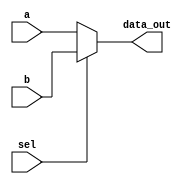
`timescale 1ns / 1ps

module Multiplexer_21(
    input [63:0] a,
    input [63:0] b,
    input sel,
    output reg [63:0] data_out
    );
    
    always @(*)
    begin
    case (sel)
        0: data_out = a;
        default: data_out = b;
    endcase
   end
endmodule